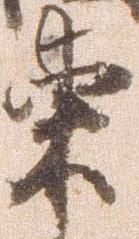
東